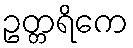
ဥတ္တရိကေ